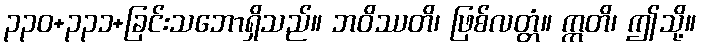
၃၃၀+၃၃၁+ခြင်းသဘောရှိသည်။ ဘဝိဿတိ၊ ဖြစ်လတ္တံ။ ဣတိ၊ ဤသို့။